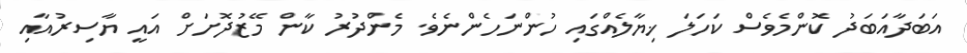
އަބަދާއަބަދު ކޮންމެވެސް ކަހަލަ ޚިޔާލެއްގައި ހުންނަހެންނެވެ. މެންދުރު ކާން މޭޒުދޮށަށް އައީ ޔާސިރުއާއި